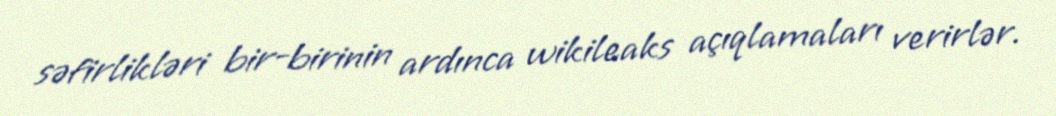
səfirlikləri bir-birinin ardınca wikileaks açıqlamaları verirlər.